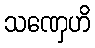
သဏှေဟိ